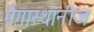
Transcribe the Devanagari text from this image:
मेगास्थानीज